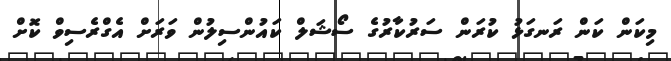
މިކަން ކަން ރަނގަޅު ކުރަން ސަރުކާރުގެ ސޯޝަލް ކައުންސިލުން ވަރަށް އެގްރެސިވް ކޮށް